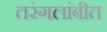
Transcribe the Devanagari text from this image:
तरंगलांबीत